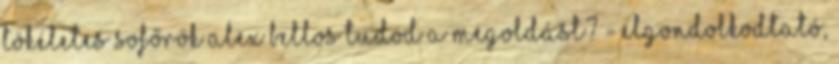
tökéletes sofőrök Alex Bellos Tudod a megoldást? - Elgondolkodtató,